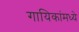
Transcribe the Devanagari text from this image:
गायिकांमध्ये